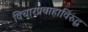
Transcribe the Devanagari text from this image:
विचारप्रवाहाविरुद्ध